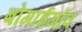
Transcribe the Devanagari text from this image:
बोगाईगाँव